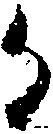
る